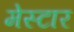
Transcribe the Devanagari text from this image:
मेस्टार